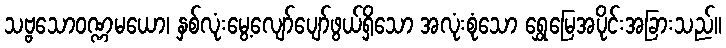
သဗ္ဗသောဝဏ္ဏမယော၊ နှစ်လုံးမွေ့လျော်ပျော်ဖွယ်ရှိသော အလုံးစုံသော ရွှေမြေအပိုင်းအခြားသည်။